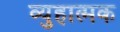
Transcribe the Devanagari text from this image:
व्युहात्मक